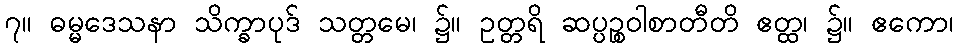
၇။ ဓမ္မဒေသနာ သိက္ခာပုဒ် သတ္တမေ၊ ၌။ ဥတ္တရိ ဆပ္ပဉ္စဝါစာတီတိ ဧတ္ထ၊ ၌။ ဧကော၊